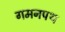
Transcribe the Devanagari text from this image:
गमनपथ